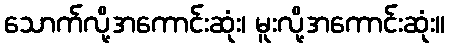
သောက်လို့အကောင်းဆုံး၊ မူးလို့အကောင်းဆုံး။